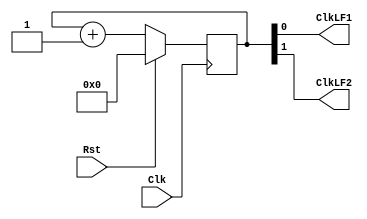
`timescale 1ns / 1ps
//////////////////////////////////////////////////////////////////////////////////
// Company: 
// Engineer: 
// 
// Design Name: 
// Module Name:    Prescaler 
// Project Name: 
// Target Devices: 
// Tool versions: 
// Description: 
//
// Dependencies: 
//
// Revision: 
// Revision 0.01 - File Created
// Additional Comments: 
//
//////////////////////////////////////////////////////////////////////////////////
module Prescaler
	#(parameter N = 20)
	(input Clk,
    output ClkLF1,
    output ClkLF2,
    input Rst
    );

	reg [N-1:0] conteo;
	
	// Initialize counter
	initial
	begin
		conteo = 0;
	end

	always@(negedge Clk)
	begin
		if ( Rst == 1'b1 )
			conteo <= 'd0;
		else 
			conteo <= conteo + 1;
	end
			
	
	assign ClkLF1 = conteo[0];
	assign ClkLF2 = conteo[1];
		
endmodule